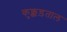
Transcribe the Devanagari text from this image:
कुक्कड़ताल